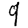
Digit: 9